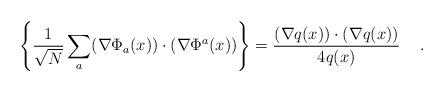
LaTeX: \begin{align*}\left\{ \frac{1}{\sqrt{N}} \sum_a (\nabla\Phi_{a}(x)) \cdot(\nabla\Phi^a(x)) \right\}= \frac{(\nabla q(x)) \cdot (\nabla q(x))}{4q(x)} \hspace*{0.5cm} .\end{align*}